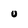
Character: U